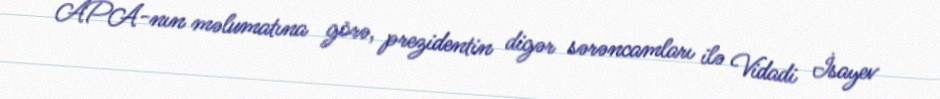
APA-nın məlumatına görə, prezidentin digər sərəncamları ilə Vidadi İsayev